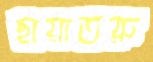
ছায়াতরু